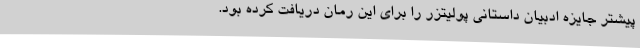
پیشتر جایزه ادبیان داستانی پولیتزر را برای این رمان دریافت کرده بود.